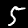
Label: 5